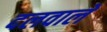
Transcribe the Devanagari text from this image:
दलवाले